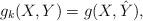
LaTeX: \begin{align*} g_k(X,Y) = g(X, \hat Y), \end{align*}